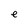
Character: e